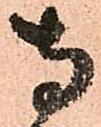
寺